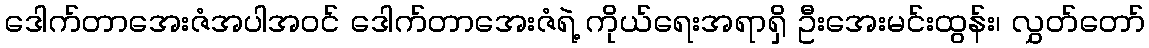
ဒေါက်တာအေးဇံအပါအဝင် ဒေါက်တာအေးဇံရဲ့ ကိုယ်ရေးအရာရှိ ဦးအေးမင်းထွန်း၊ လွှတ်တော်